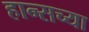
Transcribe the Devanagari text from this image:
हान्सच्या